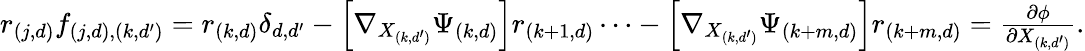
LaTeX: \begin{array}{r}{r_{(j,d)}f_{(j,d),(k,d^{\prime})}=r_{(k,d)}\delta_{d,d^{\prime}}-\left[\nabla_{X_{(k,d^{\prime})}}\Psi_{(k,d)}\right]r_{(k+1,d)}\cdots-\left[\nabla_{X_{(k,d^{\prime})}}\Psi_{(k+m,d)}\right]r_{{(k+m,d)}}=\frac{\partial\phi}{\partial X_{(k,d^{\prime})}}.}\end{array}